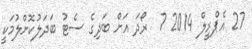
27 އެޕްރީލް 2014 7  ރޯދަ އަށް ބަދިގެ ސެޓު ބަދަލުކޮށްލުމަކީ